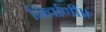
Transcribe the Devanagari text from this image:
निर्वाणीं।।